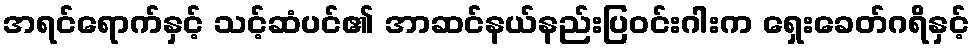
အရင်ရောက်နှင့် သင့်ဆံပင်၏ အာဆင်နယ်နည်းပြဝင်းဂါးက ရှေးခေတ်ဂရိနှင့်